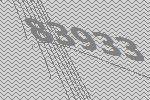
83933